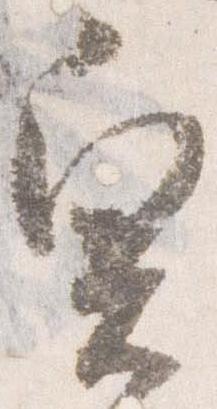
奥